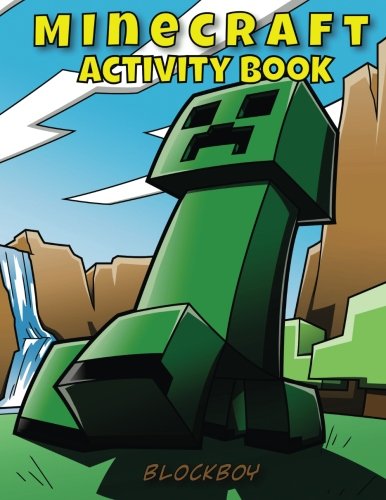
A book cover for Minecraft Activity Book: Fun Mazes, Corssword Puzzles, Dot-to-Dots, Word Search, Spot the Difference & More! (Unofficial Minecraft Book); BlockBoy; Children's Books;